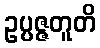
ဥပ္ပဇ္ဇတူတိ